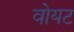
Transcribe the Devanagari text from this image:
वोयट